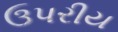
ઉપરીય